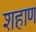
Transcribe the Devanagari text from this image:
शहाणं